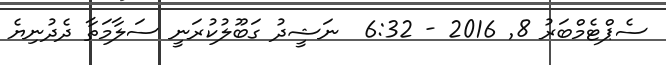
ސެޕްޓެމްބަރު 8